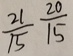
\frac { 2 1 } { 1 5 } \frac { 2 0 } { 1 5 }